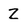
Character: Z